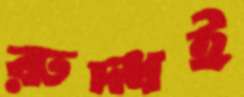
রুদ্ধই